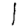
Digit: 1